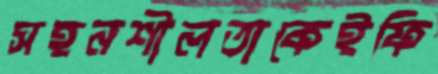
সহনশীলতাকেইফি